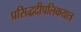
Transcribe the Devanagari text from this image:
प्रसिद्धदीपलिकयात्र